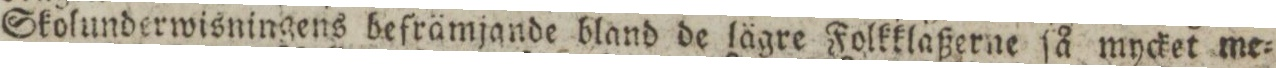
Skolunderwisningens befrämjande bland de lägre Folkklaßerne ſå mycket me=